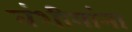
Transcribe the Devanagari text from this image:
वंशीयांना